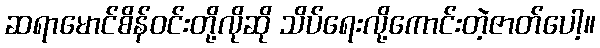
ဆရာမောင်စိန်ဝင်းတို့လိုဆို သိပ်ရေးလို့ကောင်းတဲ့ဇာတ်ပေါ့။